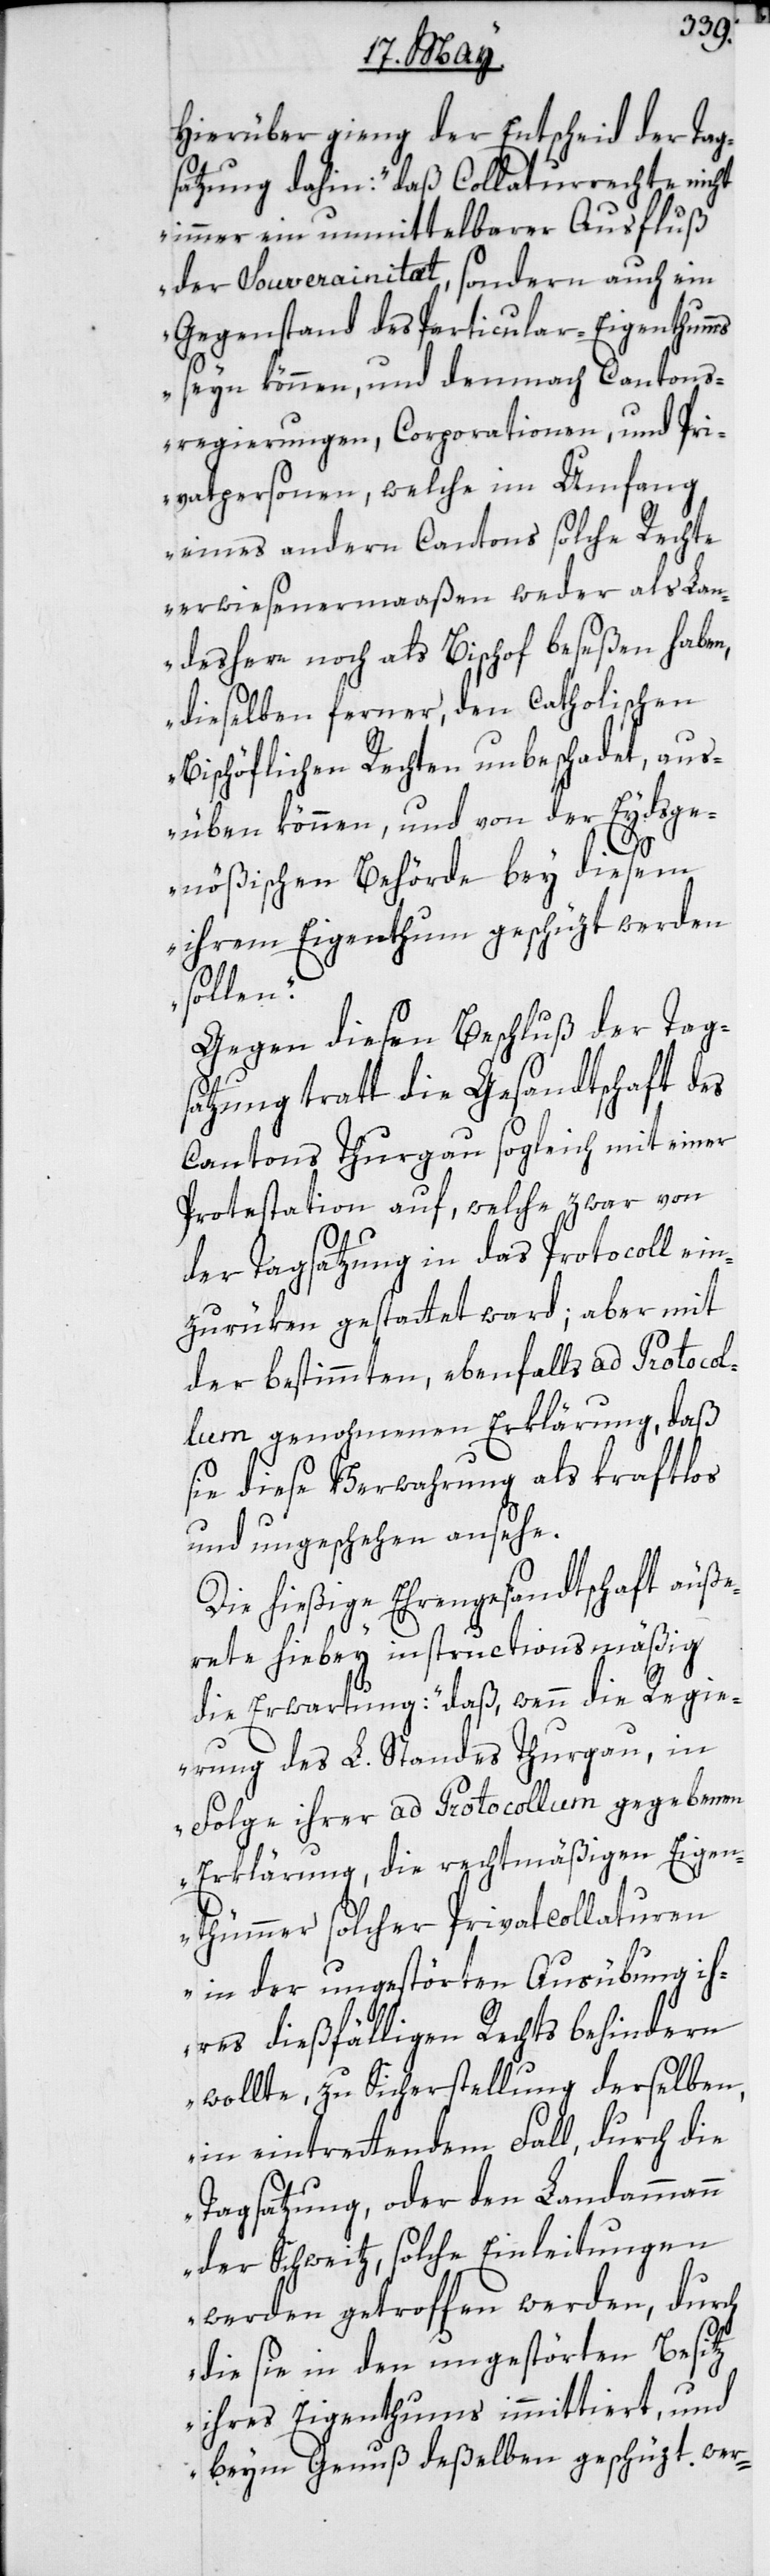
Hierüber ging der Entscheid der Tag¬
satzung dahin: „daß Collaturrechte nicht
immer ein unmittelbarer Ausfluß
der Souverainitæt, sondern auch ein
Gegenstand des Particular-Eigenthumms
seyn können, und demnach Cantons¬
regierungen, Corporationen und Pri¬
vatpersonen, welche im Umfang
eines andern Cantons solche Rechte
erwiesenermaaßen weder als Lan¬
desherr noch als Bischof beseßen haben,
dieselben ferner den Catholischen
Bischöflichen Rechten unbeschadet, aus¬
üben können, und von der Eydsge¬
nößischen Behörde bey diesem
ihrem Eigenthumm geschüzt werden
sollen“.
Gegen diesen Beschluß der Tags¬
atzung tratt die Gesandtschaft des
Cantons Thurgau sogleich mit einer
Protestation auf, welche zwar von
der Tagsatzung in das Protocoll ein¬
zurüken gestattet ward; aber mit
der bestimmten, ebenfalls ad Protocol¬
lum genohmenen Erklärung, daß
sie diese Verwahrung als kraftlos
und ungeschehen ansehe.
Die hießige Ehrengesandtschaft äuße¬
rete hiebey instructionsmäßig
die Erwartung: „daß denn die Regie¬
rung des L. Standes Thurgau, in
Folge ihrer ad Protocollum gegebenen
Erklärung, die rechtmäßigen Eigen¬
thümmer solcher Privatcollaturen
in der ungestörten Ausübung ih¬
res dießfälligen Rechts behindern
wollte, zu Sicherstellung derselben,
in eintrettendem Fall, durch die
Tagsatzung oder den Landammann
der Schweitz, solche Einleitungen
werden getroffen werden, durch
die sie in den ungestörten Besitz
ihres Eigentums immittiert, und
beym Genuß deßelben geschüzt wer-